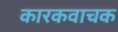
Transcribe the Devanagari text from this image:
कारकवाचक